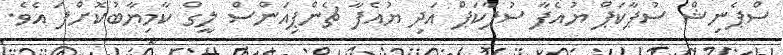
ސްޕެނިޝް ސުޕާކަޕް ޔުއެފާ ސުޕާކަޕް އަދި ޔުއެފާ ޗެންޕިއަންސް ލީގް ކާމިޔާބުކޮށްފަ އެވެ.